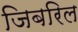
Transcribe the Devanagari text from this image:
जिबरिल